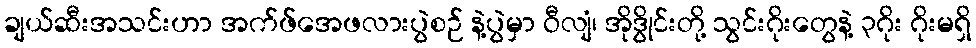
ချယ်ဆီးအသင်းဟာ အက်ဖ်အေဖလားပွဲစဉ် နဲ့ပွဲမှာ ဝီလျံ၊ အိုဒွိုင်းတို့ သွင်းဂိုးတွေနဲ့ ၃ဂိုး ဂိုးမရှိ